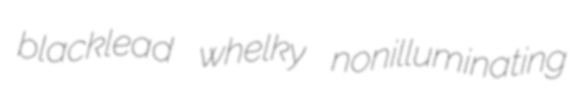
blacklead whelky nonilluminating